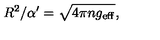
R ^ { 2 } / \alpha ^ { \prime } = \sqrt { 4 \pi n g _ { \mathrm { e f f } } } ,